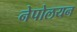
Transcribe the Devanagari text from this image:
नेपोलयन